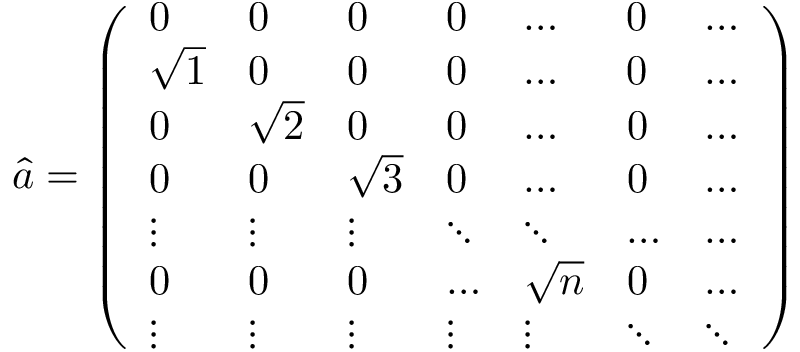
\hat { a } = \left( \begin{array} { l l l l l l l } { 0 } & { 0 } & { 0 } & { 0 } & { \dots } & { 0 } & { \dots } \\ { \sqrt { 1 } } & { 0 } & { 0 } & { 0 } & { \dots } & { 0 } & { \dots } \\ { 0 } & { \sqrt { 2 } } & { 0 } & { 0 } & { \dots } & { 0 } & { \dots } \\ { 0 } & { 0 } & { \sqrt { 3 } } & { 0 } & { \dots } & { 0 } & { \dots } \\ { \vdots } & { \vdots } & { \vdots } & { \ddots } & { \ddots } & { \dots } & { \dots } \\ { 0 } & { 0 } & { 0 } & { \dots } & { \sqrt { n } } & { 0 } & { \dots } \\ { \vdots } & { \vdots } & { \vdots } & { \vdots } & { \vdots } & { \ddots } & { \ddots } \end{array} \right)